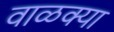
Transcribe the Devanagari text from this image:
वाळक्या